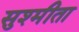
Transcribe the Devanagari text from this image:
सुश्मीता